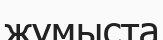
жұмыста